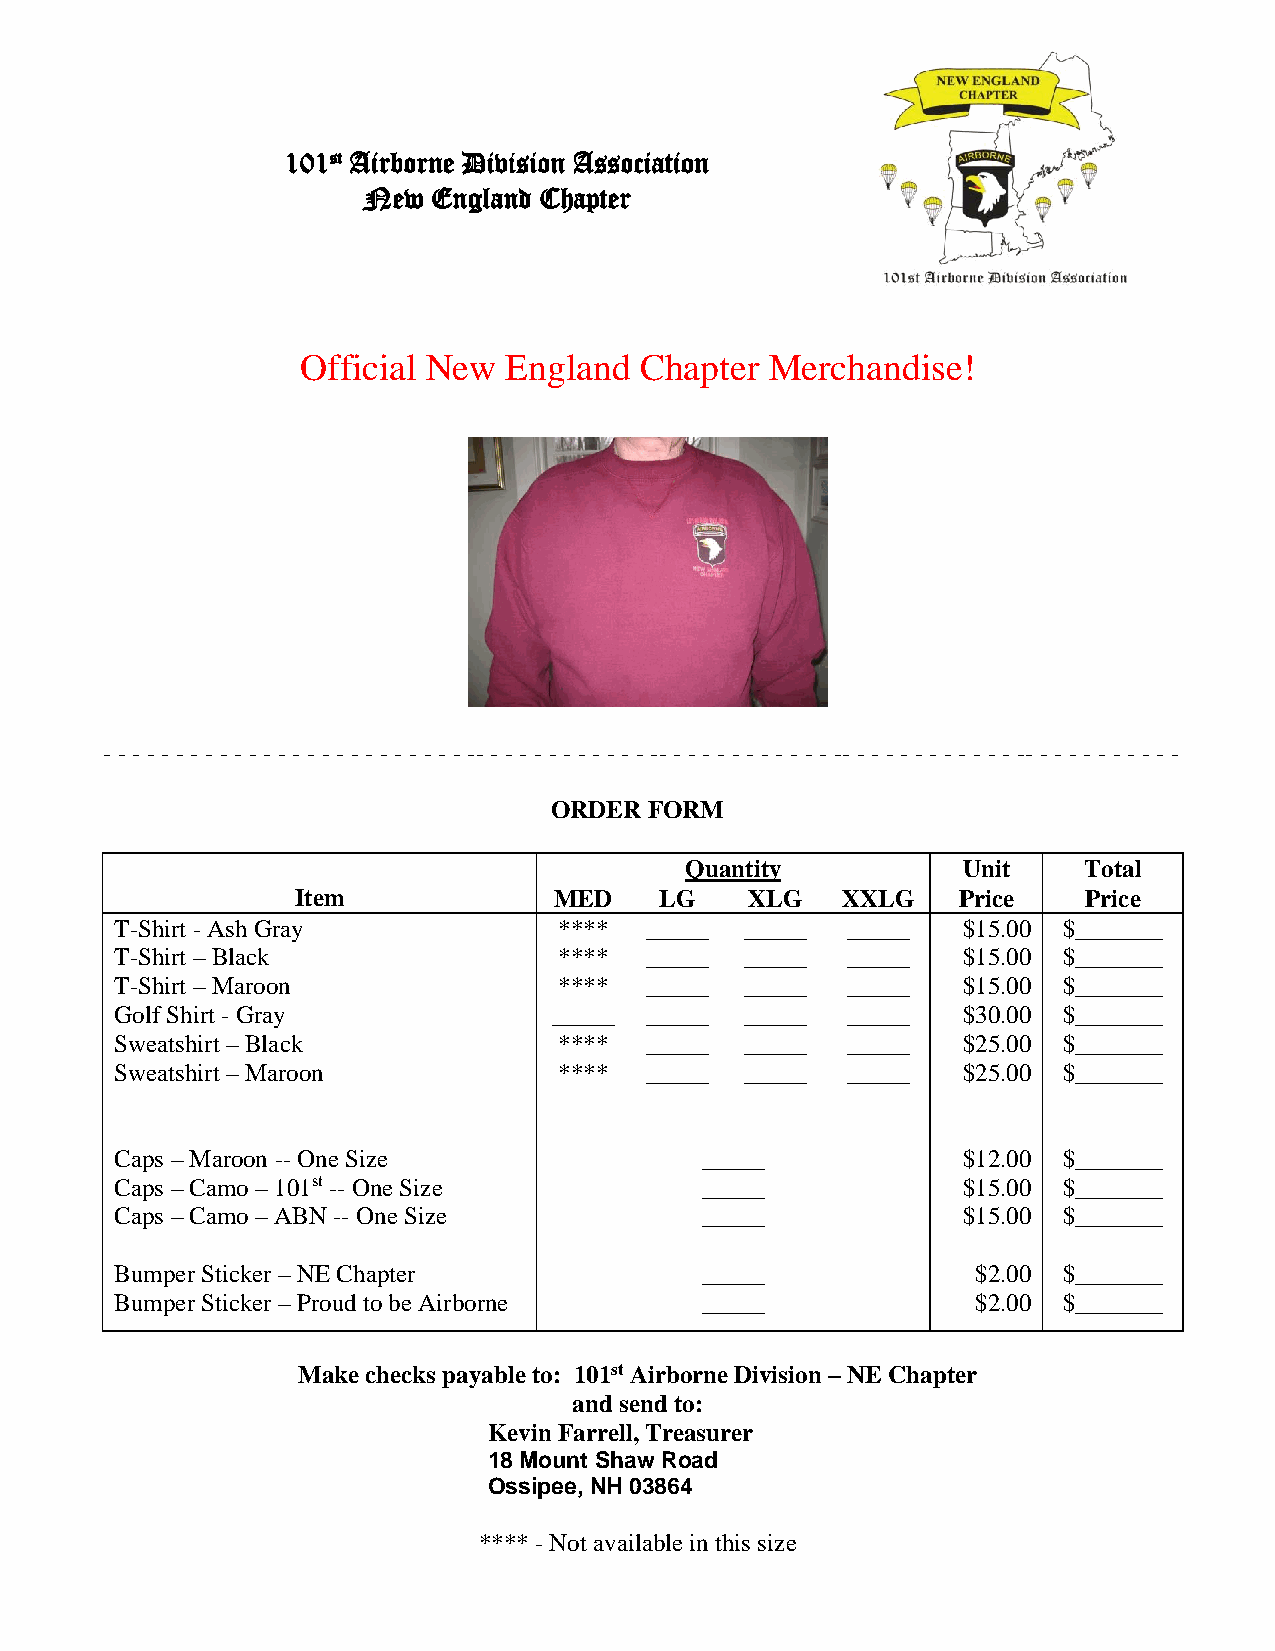
101st Airborne Division Association
 New  England Chapter
 Official New  England Chapter  Merchandise!
 - - - - - - - - - - - - - - - - - - - - - - - - - -- - - - - - - - - - - - -- - - - - - - - - - - - -- - - - - - - - - - - - -- - - - - - - - - - -
 ORDER  FORM
 Quantity           Unit    Total
 Item             MED    LG    XLG   XXLG   Price    Price
 T-Shirt - Ash Gray           ****  _____ _____  _____   $15.00 $_______
 T-Shirt – Black              ****  _____ _____  _____   $15.00 $_______
 T-Shirt – Maroon             ****  _____ _____  _____   $15.00 $_______
 Golf Shirt - Gray            _____ _____ _____  _____   $30.00 $_______
 Sweatshirt – Black           ****  _____ _____  _____   $25.00 $_______
 Sweatshirt – Maroon          ****  _____ _____  _____   $25.00 $_______
 Caps – Maroon -- One Size             _____             $12.00 $_______
 Caps – Camo – 101st -- One Size       _____             $15.00 $_______
 Caps – Camo – ABN -- One Size         _____             $15.00 $_______
 Bumper Sticker – NE Chapter           _____              $2.00 $_______
 Bumper Sticker – Proud to be Airborne _____              $2.00 $_______
 Make checks payable to: 101st Airborne Division – NE Chapter
 and send to:
 Kevin Farrell, Treasurer
 18 Mount Shaw Road
 Ossipee, NH 03864
 **** - Not available in this size